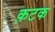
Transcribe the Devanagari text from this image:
क़टक